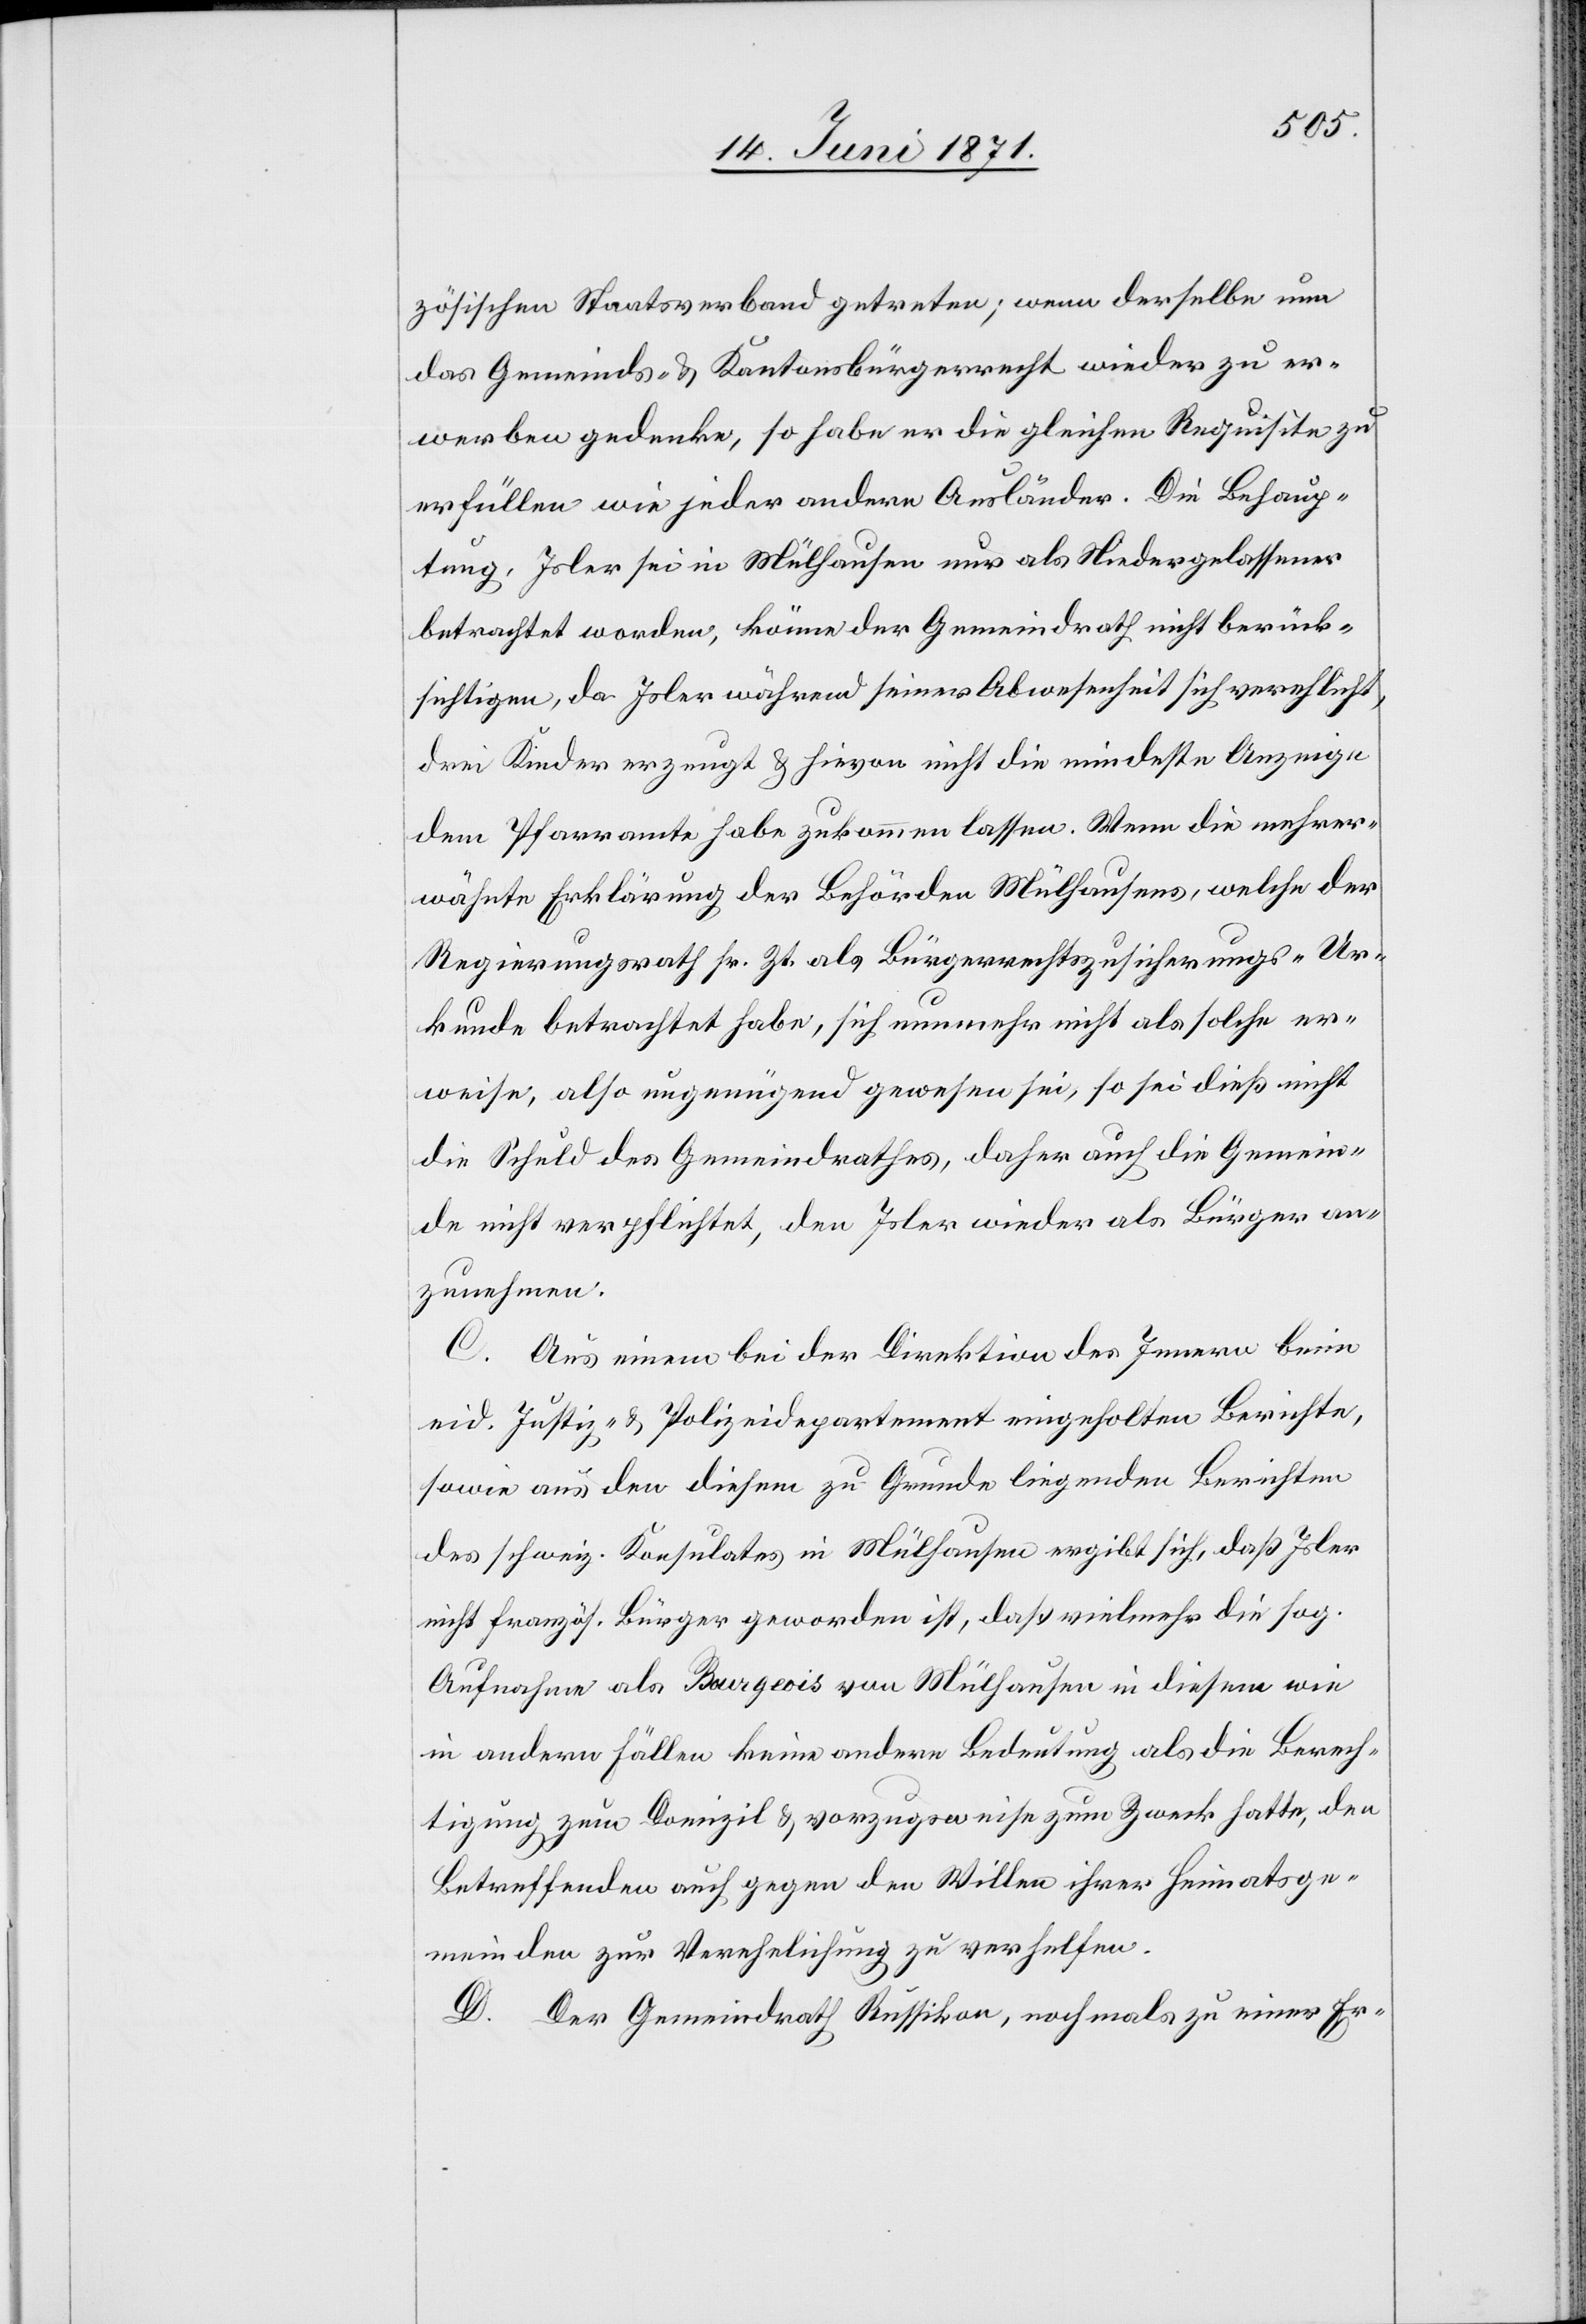
zösischen Staatsverband getreten; wenn derselbe nun
das Gemeinds- u. Kantonsbürgerrecht wieder zu er¬
werben gedenke, so habe er die gleichen Requisite zu
erfüllen wie jeder andere Ausländer. Die Behaup¬
tung, Isler sei in Mülhausen nur als niedergelassener
betrachtet worden, könne der Gemeindrath nicht berück¬
sichtigen, da Isler während seiner Abwesenheit sich verehlicht,
drei Kinder erzeugt u. hievon nicht die mindeste Anzeige
dem Pfarramte habe zukommen lassen. Wenn die mehrer¬
wähnte Erklärung der Behörden Mülhausens, welche der
Regierungsrath sr. Zt. als Bürgerrechtszusicherungs-Ur¬
kunde betrachtet habe, sich nunmehr nicht als solche er¬
weise, also ungenügend gewesen sei, so sei dieß nicht
die Schuld des Gemeindrathes, daher auch die Gemein¬
de nicht verpflichtet, den Isler wieder als Bürger an¬
zunehmen.
C. Aus einem bei der Direktion des Innern beim
eid. Justiz- u. Polizeidepartement eingeholten Berichte,
sowie aus den diesem zu Grunde liegenden Berichten
des schweiz. Konsulates in Mülhausen ergibt sich, daß Isler
nicht französ. Bürger geworden ist, daß vielmehr die sog.
Aufnahme als Bourgeois von Mülhausen in diesem wie
in andern Fällen keine andere Bedeutung als die Berech¬
tigung zum Domizil u. vorzugsweise zum Zweck hatte, den
Betreffenden auch gegen den Willen ihrer Heimatsge¬
meinden zur Verehlichung zu verhelfen.
D. Der Gemeindrath Russikon, nochmals zu einer Er-